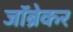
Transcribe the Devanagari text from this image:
जॉब्रेकर